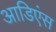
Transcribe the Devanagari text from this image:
आडिएंस